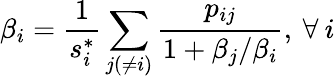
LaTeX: \beta_{i}=\frac{1}{s_{i}^{*}}\sum_{j(\neq i)}\frac{p_{ij}}{1+\beta_{j}/\beta_{i}},\: \forall\: i